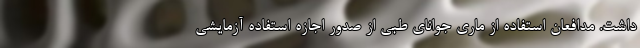
داشت. مدافعان استفاده از ماری جوانای طبی از صدور اجازه استفاده آزمایشی